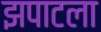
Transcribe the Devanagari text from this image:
झपाटला